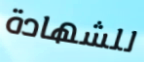
للشهادة